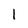
Character: l